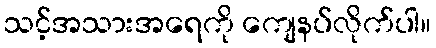
သင့်အသားအရေကို ကျေနပ်လိုက်ပါ။